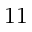
1 1